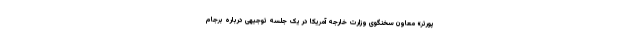
پورتر» معاون سخنگوی وزارت خارجه آمریکا در یک جلسه توجیهی درباره برجام